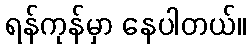
ရန်ကုန်မှာ နေပါတယ်။